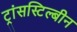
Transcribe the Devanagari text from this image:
ट्रांसस्टिल्बीन